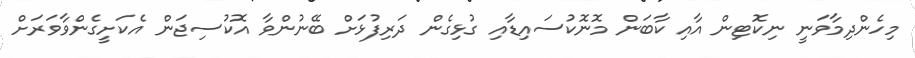
މިހެންދިމާވަނީ ނިކޮޓިން އާއި ކާބަން މޮނޮކުސައިޑާއި ގުޅިގެން ދަރިފުޅަށް ބޭނުންވާ އޮކުސިޖަން އެކަށީގެންވާވަރަށް